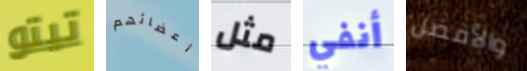
تيتو أعضائهم مثل أنفي والأفضل